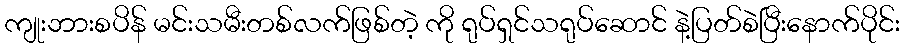
ကျုးဘားစပိန် မင်းသမီးတစ်လက်ဖြစ်တဲ့ ကို ရုပ်ရှင်သရုပ်ဆောင် နဲ့ပြတ်စဲပြီးနောက်ပိုင်း